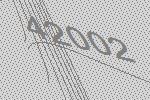
42002